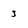
Character: 3